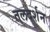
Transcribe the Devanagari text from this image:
तलदर्शन